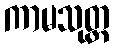
ကာမသုတ္တ